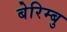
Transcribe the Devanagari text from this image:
बेरिम्बु